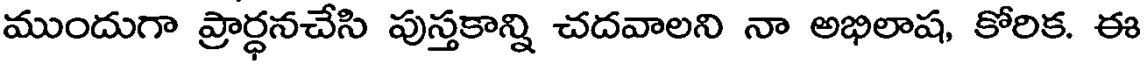
ముందుగా ప్రార్ధనచేసి పుస్తకాన్ని చదవాలని నా అభిలాష, కోరిక. ఈ